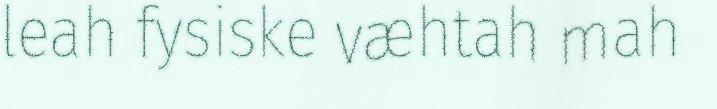
leah fysiske væhtah mah